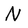
Character: N